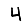
Digit: 4